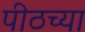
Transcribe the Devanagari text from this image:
पीठच्या